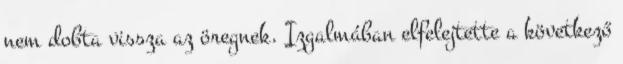
nem dobta vissza az öregnek. Izgalmában elfelejtette a következő